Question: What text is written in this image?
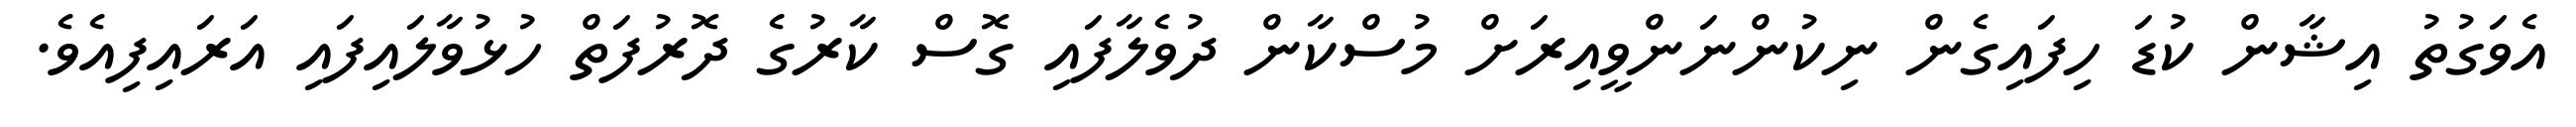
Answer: އެވަގުތު އިޝާން ކުޑަ ހިފައިގެން ނިކުންނަންވީއިރަށް މުސްކާން ދުވެލާފައި ގޮސް ކާރުގެ ދޮރުފަތް ހުޅުވާލައިފައި އަރައިފިއެވެ.